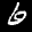
Label: 6